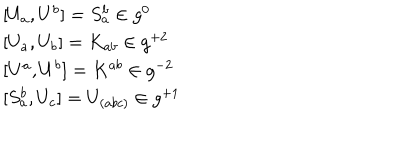
\begin{array} { l } { { { [ } U _ { a } , U ^ { b } { ] } = S _ { a } ^ { b } \in g ^ { 0 } } } \\ { { { [ } U _ { a } , U _ { b } { ] } = K _ { a b } \in g ^ { + 2 } } } \\ { { { [ } U ^ { a } , U ^ { b } { ] } = K ^ { a b } \in g ^ { - 2 } } } \\ { { { [ } S _ { a } ^ { b } , U _ { c } { ] } = U _ { ( a b c ) } \in g ^ { + 1 } } } \\ \end{array}